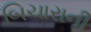
બિચારાની